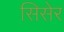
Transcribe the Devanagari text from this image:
सिसेर